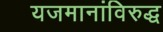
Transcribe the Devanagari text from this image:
यजमानांविरुद्ध